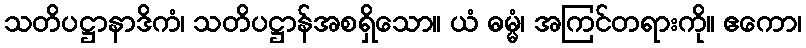
သတိပဋ္ဌာနာဒိကံ၊ သတိပဋ္ဌာန်အစရှိသော။ ယံ ဓမ္မံ၊ အကြင်တရားကို။ ဧကော၊